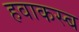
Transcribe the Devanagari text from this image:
हवाकस्‍ब